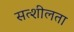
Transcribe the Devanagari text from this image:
सत्शीलता